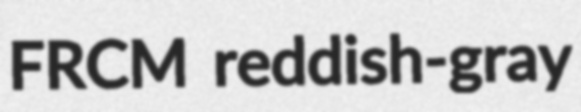
FRCM reddish-gray